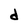
Character: d